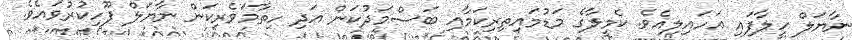
ނާޔަލް ހީލާފައި އަހައިލިއެވެ. ކެމީލާގެ މަޑުމައިތިރިކަމާއި ބަސްމަދުކަން އަދި ހިތާމަވެރިކަން ނާޔަލް ފޫހިކުރުވައެވެ.